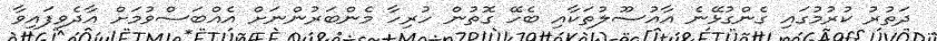
ދަތުރު ކުރުމުގައި ގެންގުޅޭނެ އާއުސޫލުތަކާއި ބެހޭ ގޮތުން ހުރިހާ މެންބަރުންނަށް އެއްބަސްވުމަށް އާދެވިފައިވާ